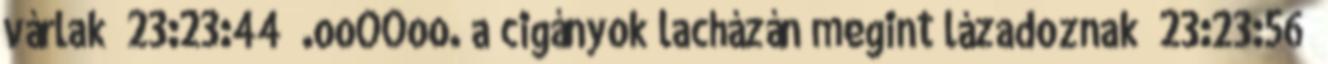
várlak 23:23:44 .ooOOoo. a cigányok lacházán megint lázadoznak 23:23:56